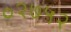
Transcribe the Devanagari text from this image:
०२७५२